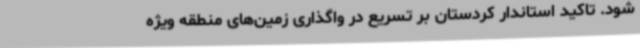
شود. تاکید استاندار کردستان بر تسریع در واگذاری زمین‌های منطقه ویژه